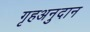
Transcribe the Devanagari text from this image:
गृहअनुदान